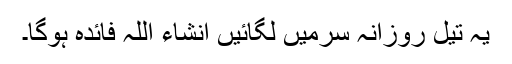
یہ تیل روزانہ سرمیں لگائیں انشاء اللہ فائدہ ہوگا۔